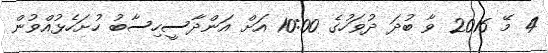
4 މޭ 2016 ވާ ބުދަ ދުވަހުގެ 10:00 އަށް އަންދާސީހިސާބު ހުށަހެޅުއްވުން